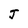
Character: J